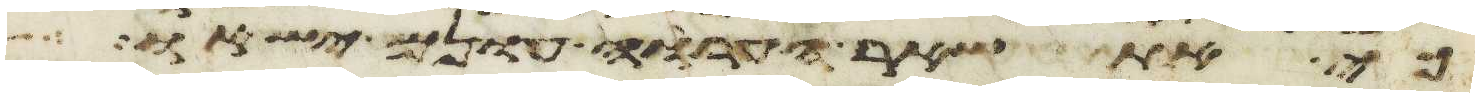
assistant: כי את שאר הערוה עונם ישאו